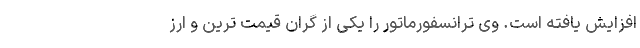
افزایش یافته است. وی ترانسفورماتور را یکی از گران قیمت ترین و ارز